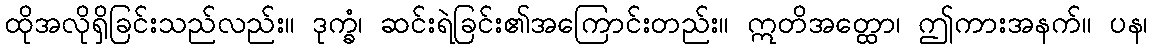
ထိုအလိုရှိခြင်းသည်လည်း။ ဒုက္ခံ၊ ဆင်းရဲခြင်း၏အကြောင်းတည်း။ ဣတိအတ္ထော၊ ဤကားအနက်။ ပန၊